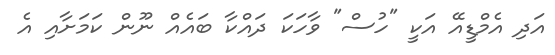
އަދި އެމްޑީއޭ އަކީ "ހުސް" ވާހަކަ ދައްކާ ބައެއް ނޫން ކަމަށާއި އެ